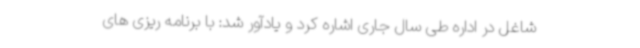
شاغل در اداره طی سال جاری اشاره کرد و یادآور شد: با برنامه ریزی های